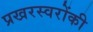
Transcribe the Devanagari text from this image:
प्रखरस्वरोंकी